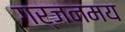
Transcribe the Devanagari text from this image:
गर्जनमय